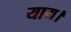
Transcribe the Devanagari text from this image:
याग।